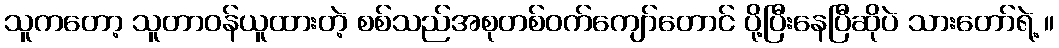
သူကတော့ သူတာဝန်ယူထားတဲ့ စစ်သည်အစုတစ်ဝက်ကျော်တောင် ပို့ပြီးနေပြီဆိုပဲ သားတော်ရဲ့ ။